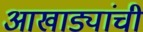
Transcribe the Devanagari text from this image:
आखाड्यांची